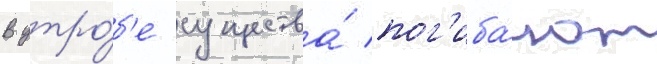
В утро́б'е существа́ пог'иба́ют